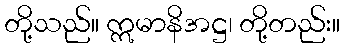
တို့သည်။ ဣမာနိအဋ္ဌ၊ တို့တည်း။